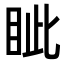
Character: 眦